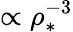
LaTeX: \propto\rho_{*}^{-3}